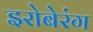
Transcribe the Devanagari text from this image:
इरोबेरंग